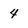
Character: 4